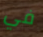
في